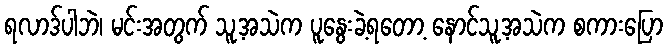
ရလာဒ်ပါဘဲ၊ မင်းအတွက် သူ့အသဲက ပူနွေးခဲ့ရတော့ နောင်သူ့အသဲက စကားပြော